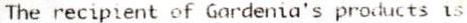
THE RECIPIENT OF GARDENIA'S PRODUCTS IS